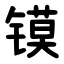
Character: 镆